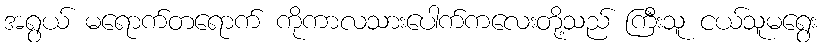
အရွယ် မရောက်တရောက် ကိုကာလသားပေါက်ကလေးတို့သည် ကြီးသူ ငယ်သူမရွေး